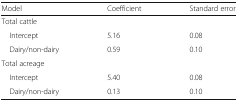
<table><thead><tr><td><b>Model</b></td><td><b>Coefficient</b></td><td><b>Standard error</b></td></tr></thead><tbody><tr><td>Total cattle</td><td></td><td></td></tr><tr><td> Intercept</td><td>5.16</td><td>0.08</td></tr><tr><td> Dairy/non-dairy</td><td>0.59</td><td>0.10</td></tr><tr><td colspan="3">Total acreage</td></tr><tr><td> Intercept</td><td>5.40</td><td>0.08</td></tr><tr><td> Dairy/non-dairy</td><td>0.13</td><td>0.10</td></tr></tbody></table>